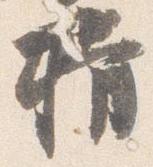
揖